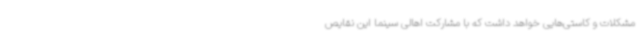
مشکلات و کاستی‌هایی خواهد داشت که با مشارکت اهالی سینما این نقایص